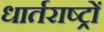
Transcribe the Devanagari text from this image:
धार्तराष्ट्रों